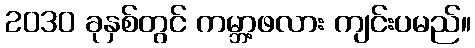
2030 ခုနှစ်တွင် ကမ္ဘာ့ဖလား ကျင်းပမည်။